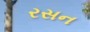
રસન